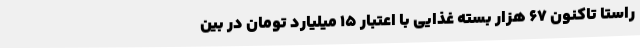
راستا تاکنون 67 هزار بسته غذایی با اعتبار 15 میلیارد تومان در بین